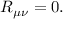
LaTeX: R _ { \mu \nu } = 0 .